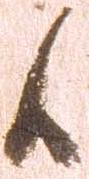
候